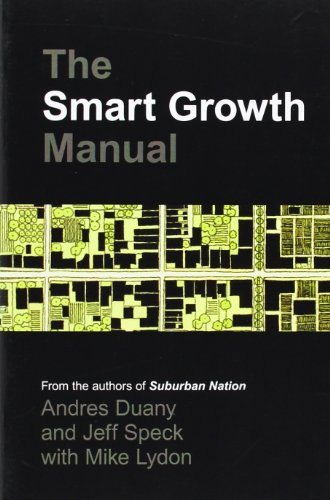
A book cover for The Smart Growth Manual; Andres Duany; Arts & Photography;